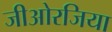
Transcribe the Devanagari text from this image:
जीओरजिया